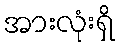
အားလုံးရှိ